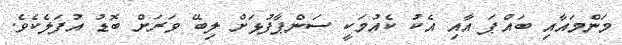
މަންމައާއި ބައްޕަ އާއި އެކު ކެއުމަކީ ސަންޕާފުޅަށް ލިބޭ ވަރަށް ބޮޑު އުފަލެކެވެ.